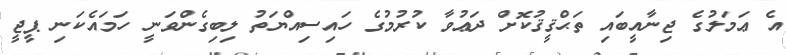
އެ ޢަމަލުގެ ޖިނާއީބައި ތަޙްޤީޤުކޮށް ދަޢުވާ ކުރުމުގެ ހައިސިއްޔަތު ލިބިގެންވަނީ ހަމައެކަނި ޕީޖީ